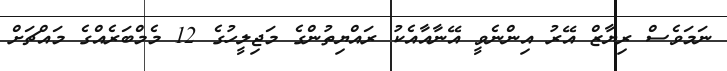
ނަމަވެސް ރިޔާޒް އޭރު އިންނެވީ އޭނާއާއެކު ރައްޔިތުންގެ މަޖިލީހުގެ 12 މެމްބަރެއްގެ މައްޗަށް